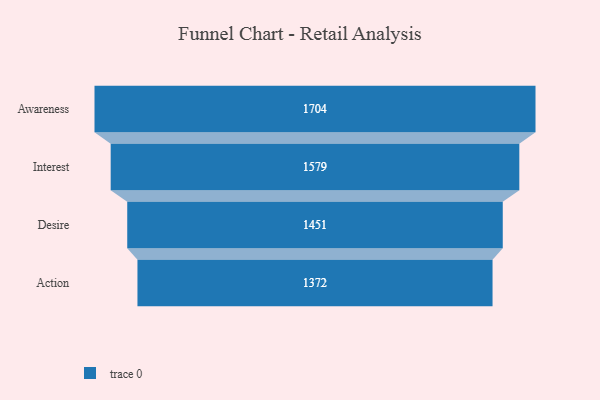
{"axis": {"x": "Stage", "y": "Value"}, "legend": [""], "data": [{"x": "Awareness", "y": 1704.0, "type": ""}, {"x": "Interest", "y": 1579.0, "type": ""}, {"x": "Desire", "y": 1451.0, "type": ""}, {"x": "Action", "y": 1372.0, "type": ""}]}